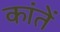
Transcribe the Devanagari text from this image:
कांतें